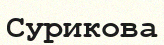
Сурикова